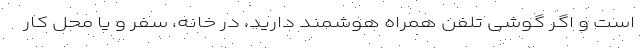
است و اگر گوشی تلفن همراه هوشمند دارید، در خانه، سفر و یا محل کار